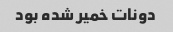
دونات خمیر شده بود